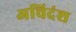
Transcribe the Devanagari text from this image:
अचिदंश